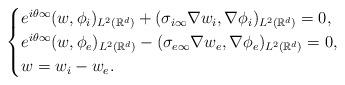
LaTeX: \begin{align*}\begin{cases}e^{i\theta\infty}(w,\phi_i)_{L^2(\mathbb{R}^d)}+(\sigma_{i\infty}\nabla w_i,\nabla\phi_i)_{L^2(\mathbb{R}^d)}=0, \\e^{i\theta\infty}(w,\phi_e)_{L^2(\mathbb{R}^d)}-(\sigma_{e\infty}\nabla w_e,\nabla\phi_e)_{L^2(\mathbb{R}^d)}=0, \\w=w_i-w_e. \end{cases}\end{align*}